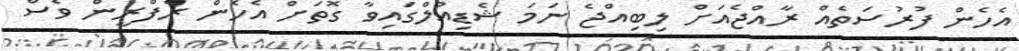
އެހެން ފުރުސަތެއް ރާއްޖެއަށް ލިބިއްޖެ ނަމަ ޝެޑިއުލްގައިވާ ގޮތަށް އެހެން ރެފްރީން ވެސް